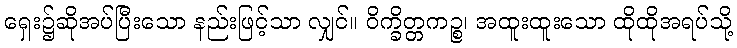
ရှေး၌ဆိုအပ်ပြီးသော နည်းဖြင့်သာ လျှင်။ ဝိက္ခိတ္တကဉ္စ၊ အထူးထူးသော ထိုထိုအရပ်သို့